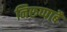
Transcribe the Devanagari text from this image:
निरुप्पाबै